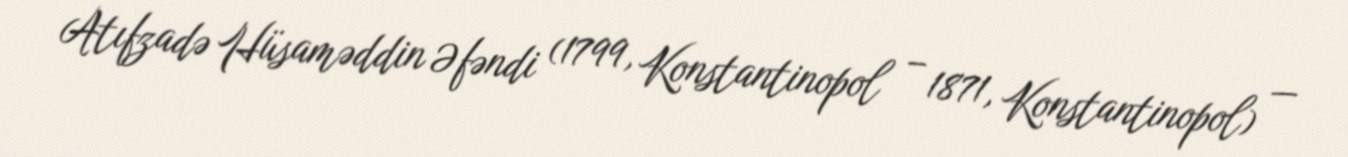
Atıfzadə Hüsaməddin Əfəndi (1799, Konstantinopol – 1871, Konstantinopol) —